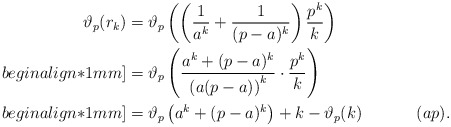
\begin{align*}\vartheta_p(r_k) & = \vartheta_p\left(\left(\frac{1}{a^k} + \frac{1}{(p - a)^k}\right) \frac{p^k}{k}\right) \\begin{align*}1mm]& = \vartheta_p\left(\frac{a^k + (p - a)^k}{\left(a (p - a)\right)^k} \cdot \frac{p^k}{k}\right) \\begin{align*}1mm]& = \vartheta_p\left(a^k + (p - a)^k\right) + k - \vartheta_p(k) ~~~~~~~~~~ ( a p) .\end{align*}